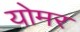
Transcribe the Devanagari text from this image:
योमर